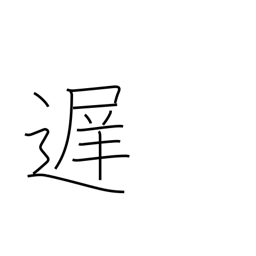
Meaning: late